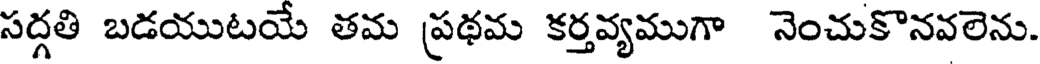
సద్గతి బడయుటయే తమ ప్రథమ కర్తవ్యముగా నెంచుకొనవలెను.